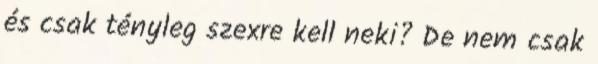
és csak tényleg szexre kell neki? De nem csak